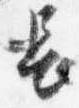
長